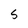
Character: S